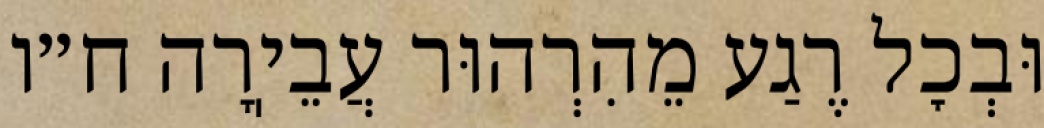
וּבְכׇל רֶגַע מֵהִרְהוּר עֲבֵיֽרָה ח״ו